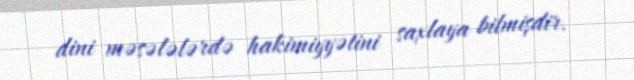
dini məsələlərdə hakimiyyətini saxlaya bilmişdir.